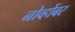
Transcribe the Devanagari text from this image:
नोव्होंबर